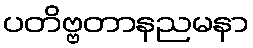
ပတိဗ္ဗတာနညမနာ